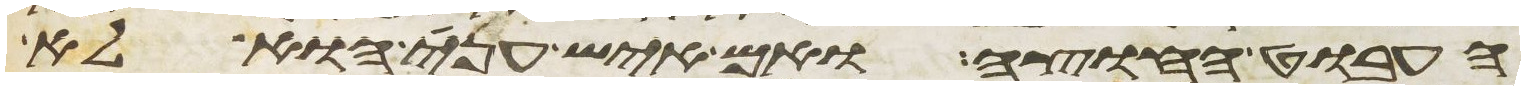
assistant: העבוט החוצה ואם איש עני הוא לא